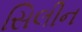
સિલીન